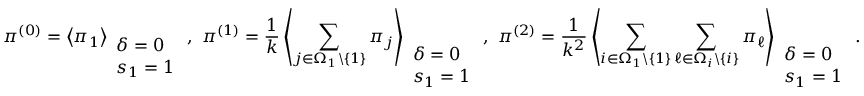
\pi ^ { ( 0 ) } = \left\langle \pi _ { 1 } \right\rangle _ { \begin{array} { l } { \delta = 0 } \\ { s _ { 1 } = 1 } \end{array} } , ~ \pi ^ { ( 1 ) } = \frac { 1 } { k } \left\langle \sum _ { j \in \Omega _ { 1 } \backslash \{ 1 \} } \pi _ { j } \right\rangle _ { \begin{array} { l } { \delta = 0 } \\ { s _ { 1 } = 1 } \end{array} } , ~ \pi ^ { ( 2 ) } = \frac { 1 } { k ^ { 2 } } \left\langle \sum _ { i \in \Omega _ { 1 } \backslash \{ 1 \} } \sum _ { \ell \in \Omega _ { i } \backslash \{ i \} } \pi _ { \ell } \right\rangle _ { \begin{array} { l } { \delta = 0 } \\ { s _ { 1 } = 1 } \end{array} } .